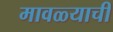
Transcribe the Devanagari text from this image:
मावळ्याची